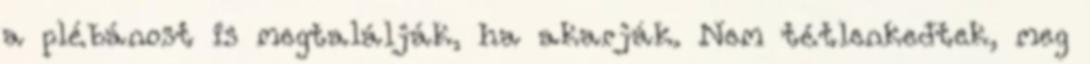
a plébánost is megtalálják, ha akarják. Nem tétlenkedtek, meg